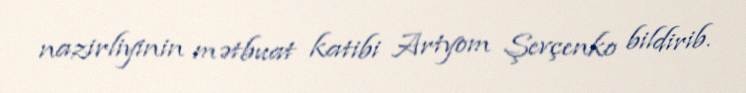
nazirliyinin mətbuat katibi Artyom Şevçenko bildirib.